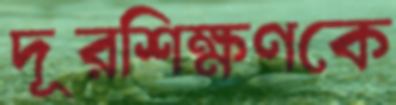
দূরশিক্ষণকে